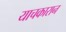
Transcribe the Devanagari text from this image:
याचकारान